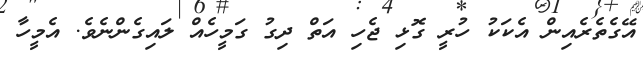
އޭގެތެރެއިން އެކަކު ހުރީ ގޮޅި ޖެހި އަތް ދިގު ގަމީހެއް ލައިގެންނެވެ. އެމީހާ